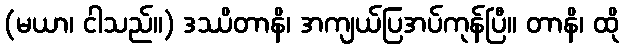
(မယာ၊ ငါသည်။) ဒဿိတာနိ၊ အကျယ်ပြအပ်ကုန်ပြီ။ တာနိ၊ ထို